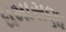
ધમાસણા